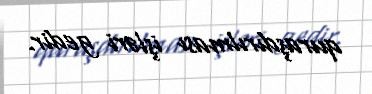
quraşdırılması işləri gedir.